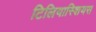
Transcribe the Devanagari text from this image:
टिलियास्शियस